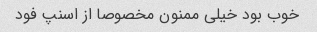
خوب بود خیلی ممنون مخصوصا از اسنپ فود